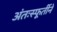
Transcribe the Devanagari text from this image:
अंतःस्फूर्तीने